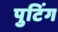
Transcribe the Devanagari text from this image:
पुटिंग